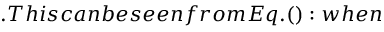
. T h i s c a n b e s e e n f r o m E q . ( ) : w h e n